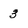
Character: 3